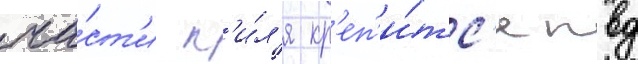
ча́ст'и к'и́л'я кр'еп'и́тс'я пвд